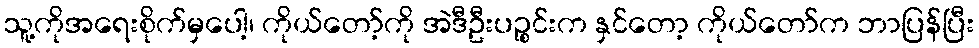
သူ့ကိုအရေးစိုက်မှပေါ့၊ ကိုယ်တော့်ကို အဲဒီဦးပဉ္စင်းက နှင်တော့ ကိုယ်တော်က ဘာပြန်ပြီး